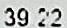
39.22